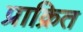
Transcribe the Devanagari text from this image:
प्राक्रित